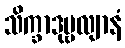
သိက္ခာဒုဗ္ဗလျာနံ